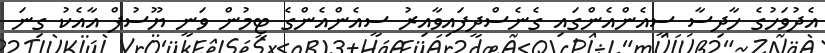
އެދުވަހުގެ ހާދިސާ ސީއެންއެންގައި ގެެނެސްދީފައިވާއިރު ސީއެންއެންގެ ޓީމުން ވަނީ ޔޫސުފް އާއެކު ގިނަ